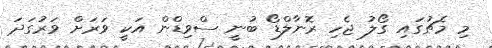
މި މެޗުގައި ގޯލު ޖެހި ރޮނާލްޑޯ ބުނީ ސްވިޑްން އަކީ ވަރަށް ވަރުގަދަ